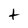
Character: t